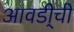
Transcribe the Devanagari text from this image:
आवडी्ची